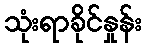
သုံးရာခိုင်နှုန်း